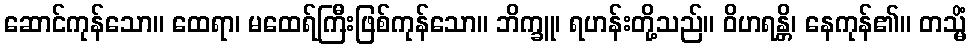
ဆောင်ကုန်သော။ ထေရာ၊ မထေရ်ကြီးဖြစ်ကုန်သော။ ဘိက္ခူ၊ ရဟန်းတို့သည်။ ဝိဟရန္တိ၊ နေကုန်၏။ တသ္မိံ